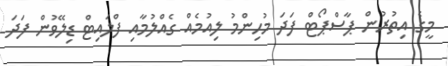
މީގެ އިތުރުން ޕާސްޕޯޓް ފަދަ މުހިންމު ލިއުމެއް ގެއްލުމާއި ފްލައިޓް ޑިލޭވުން ފަދަ